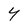
Character: 4